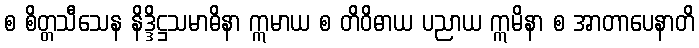
စ စိတ္တသီသေန နိဒ္ဒိဋ္ဌသမာဓိနာ ဣမာယ စ တိဝိဓာယ ပညာယ ဣမိနာ စ အာတာပေနာတိ